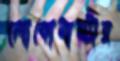
লোকোমাস্টার